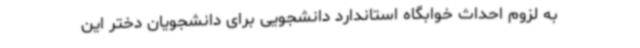
به لزوم احداث خوابگاه استاندارد دانشجویی برای دانشجویان دختر این